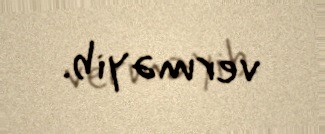
verməyib.